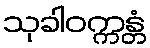
သုခါဝက္ကန္တံ